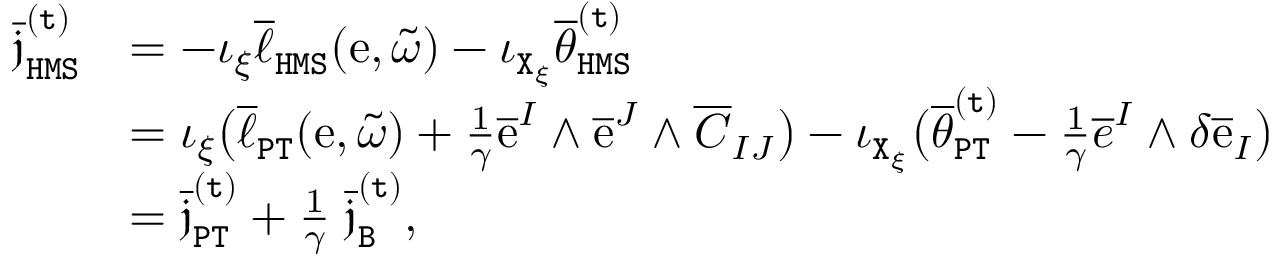
\begin{array} { r l } { \overline { { \mathfrak { j } } } _ { \mathtt { H M S } } ^ { \mathtt { ( t ) } } } & { = - \iota _ { \xi } \overline { { \ell } } _ { \mathtt { H M S } } ( \mathrm { e } , \widetilde { \omega } ) - \iota _ { \mathtt { X } _ { \xi } } \overline { { \theta } } _ { \mathtt { H M S } } ^ { \mathtt { ( t ) } } } \\ & { = \iota _ { \xi } \big ( \overline { { \ell } } _ { \mathtt { P T } } ( \mathrm { e } , \widetilde { \omega } ) + \frac { 1 } { \gamma } \overline { { \mathrm { e } } } ^ { I } \wedge \overline { { \mathrm { e } } } ^ { J } \wedge \overline { { C } } _ { I J } \big ) - \iota _ { \mathtt { X } _ { \xi } } \big ( \overline { { \theta } } _ { \mathtt { P T } } ^ { \mathtt { ( t ) } } - \frac { 1 } { \gamma } \overline { { e } } ^ { I } \wedge \delta \overline { { \mathrm { e } } } _ { I } \big ) } \\ & { = \overline { { \mathfrak { j } } } _ { \mathtt { P T } } ^ { \mathtt { ( t ) } } + \frac { 1 } { \gamma } \; \overline { { \mathfrak { j } } } _ { \mathtt { B } } ^ { \mathtt { ( t ) } } , } \end{array}